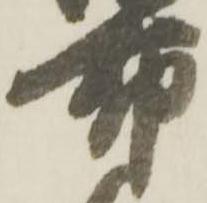
布